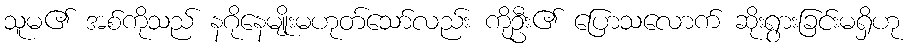
သူမ၏ အစ်ကိုသည် နဂိုနေမျိုးမဟုတ်သော်လည်း ကိုဦး၏ ပြောသလောက် ဆိုးရွားခြင်းမရှိဟု